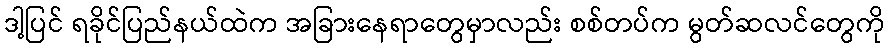
ဒါ့ပြင် ရခိုင်ပြည်နယ်ထဲက အခြားနေရာတွေမှာလည်း စစ်တပ်က မွတ်ဆလင်တွေကို